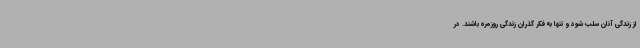
از زندگی آنان سلب شود و تنها به فکر گذران زندگی روزمره باشند. در